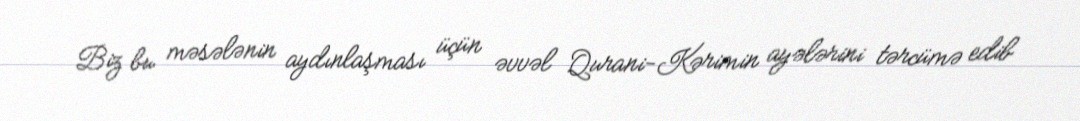
Biz bu məsələnin aydınlaşması üçün əvvəl Qurani-Kərimin ayələrini tərcümə edib